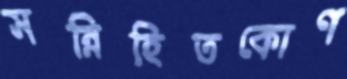
সন্নিহিতকোণ